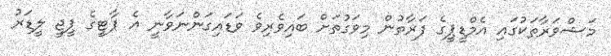
މަޝްވަރާތަކުގައި އެމްޑީޕީގެ ފަރާތުން މިވަގުތަށް ބައިވެރިވެ ވަޑައިގަންނަވާނީ އެ ޕާޓީގެ ޕީޖީ ލީޑަރު